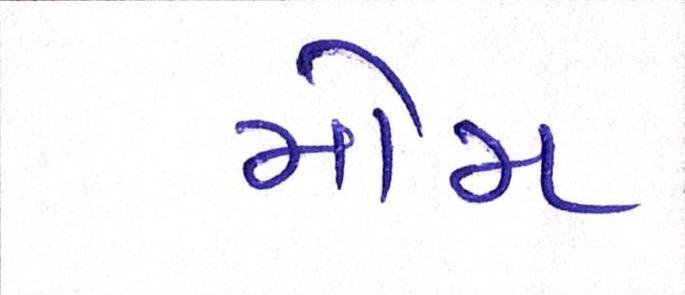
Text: મોમ